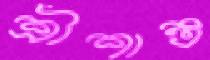
শ্রীশান্ত